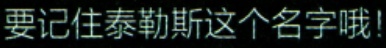
要记住泰勒斯这个名字哦!